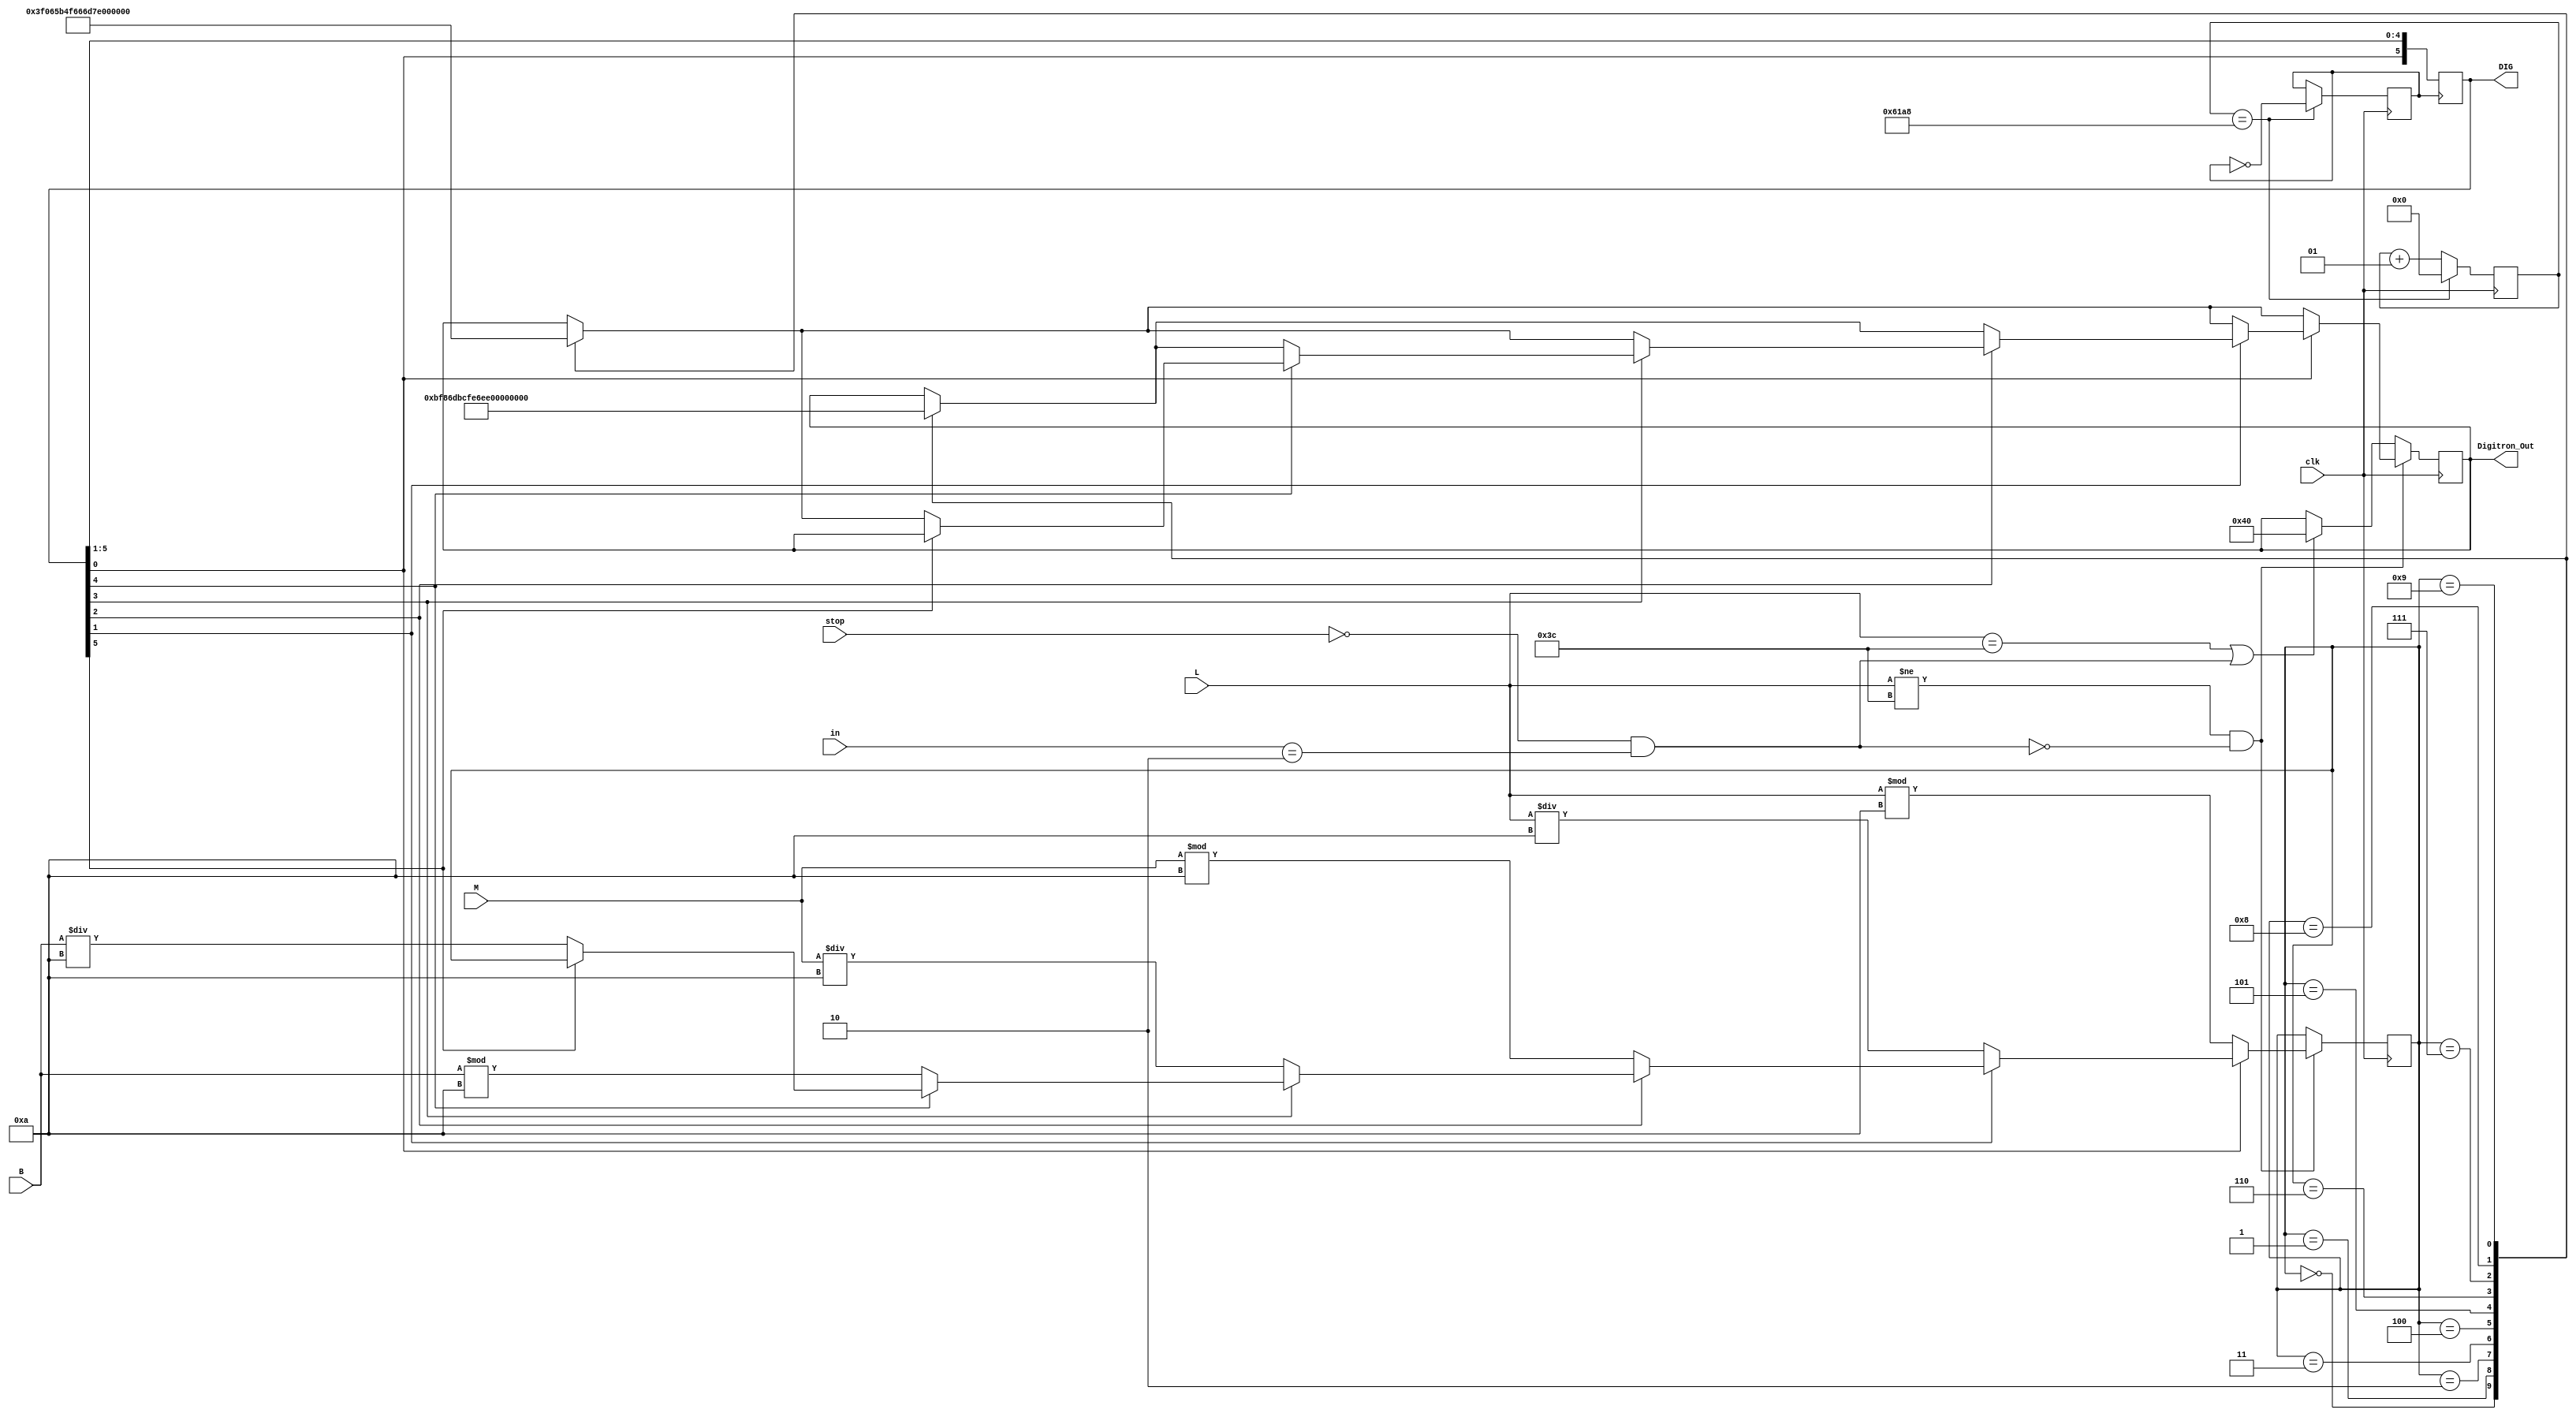
module display (clk,L,M,B,DIG,Digitron_Out,stop,in);

input stop;
input[2:0]in;
input clk;
input [6:0]L;
input [6:0]M;
input [6:0]B;
output reg [5:0]DIG = 6'b111110;
output reg [7:0]Digitron_Out;
integer x,count;
reg clk_out;

always@ (posedge clk)
begin

if (x == 25000)
begin
clk_out = ~clk_out;
x <= 0;
end

else x = x + 1;
end

always@ (posedge clk_out)  //
begin
DIG = {DIG[0],DIG[5:1]};
end


always@ (posedge clk)
begin
if (L != 60 && !(stop ==0 && in == 3'b010))
begin
if (DIG[0]==0)
begin
count <= L%10;
case (count)

4'b0000 : {Digitron_Out[7:0]} = 8'b00111111;
4'b0001 : {Digitron_Out[7:0]} = 8'b00000110;
4'b0010 : {Digitron_Out[7:0]} = 8'b01011011;
4'b0011 : {Digitron_Out[7:0]} = 8'b01001111;
4'b0100 : {Digitron_Out[7:0]} = 8'b01100110;
4'b0101 : {Digitron_Out[7:0]} = 8'b01101101;
4'b0110 : {Digitron_Out[7:0]} = 8'b01111101;
4'b0111 : {Digitron_Out[7:0]} = 8'b00000111;
4'b1000 : {Digitron_Out[7:0]} = 8'b01111111;
4'b1001 : {Digitron_Out[7:0]} = 8'b01101111;
default;
endcase
end

else if (DIG[1]==0)
begin
count <= L/10;
case (count)

4'b0000 : {Digitron_Out[7:0]} = 8'b00111111;
4'b0001 : {Digitron_Out[7:0]} = 8'b00000110;
4'b0010 : {Digitron_Out[7:0]} = 8'b01011011;
4'b0011 : {Digitron_Out[7:0]} = 8'b01001111;
4'b0100 : {Digitron_Out[7:0]} = 8'b01100110;
4'b0101 : {Digitron_Out[7:0]} = 8'b01101101;
4'b0110 : {Digitron_Out[7:0]} = 8'b01111101;
4'b0111 : {Digitron_Out[7:0]} = 8'b00000111;
4'b1000 : {Digitron_Out[7:0]} = 8'b01111111;
4'b1001 : {Digitron_Out[7:0]} = 8'b01101111;
default;
endcase
end

else if (DIG[2]==0)
begin
count <= M%10;
case (count)

4'b0000 : {Digitron_Out[7:0]} = 8'b10111111;
4'b0001 : {Digitron_Out[7:0]} = 8'b10000110;
4'b0010 : {Digitron_Out[7:0]} = 8'b11011011;
4'b0011 : {Digitron_Out[7:0]} = 8'b11001111;
4'b0100 : {Digitron_Out[7:0]} = 8'b11100110;
4'b0101 : {Digitron_Out[7:0]} = 8'b11101101;
4'b0110 : {Digitron_Out[7:0]} = 8'b11111101;
4'b0111 : {Digitron_Out[7:0]} = 8'b10000111;
4'b1000 : {Digitron_Out[7:0]} = 8'b11111111;
4'b1001 : {Digitron_Out[7:0]} = 8'b11101111;
default;
endcase
end


else if (DIG[3]==0)
begin
count <= M/10;
case (count)

4'b0000 : {Digitron_Out[7:0]} = 8'b00111111;
4'b0001 : {Digitron_Out[7:0]} = 8'b00000110;
4'b0010 : {Digitron_Out[7:0]} = 8'b01011011;
4'b0011 : {Digitron_Out[7:0]} = 8'b01001111;
4'b0100 : {Digitron_Out[7:0]} = 8'b01100110;
4'b0101 : {Digitron_Out[7:0]} = 8'b01101101;
4'b0110 : {Digitron_Out[7:0]} = 8'b01111101;
4'b0111 : {Digitron_Out[7:0]} = 8'b00000111;
4'b1000 : {Digitron_Out[7:0]} = 8'b01111111;
4'b1001 : {Digitron_Out[7:0]} = 8'b01101111;
default;
endcase
end


else if (DIG[4]==0)
begin
count <= B%10;
case (count)

4'b0000 : {Digitron_Out[7:0]} = 8'b10111111;
4'b0001 : {Digitron_Out[7:0]} = 8'b10000110;
4'b0010 : {Digitron_Out[7:0]} = 8'b11011011;
4'b0011 : {Digitron_Out[7:0]} = 8'b11001111;
4'b0100 : {Digitron_Out[7:0]} = 8'b11100110;
4'b0101 : {Digitron_Out[7:0]} = 8'b11101101;
4'b0110 : {Digitron_Out[7:0]} = 8'b11111101;
4'b0111 : {Digitron_Out[7:0]} = 8'b10000111;
4'b1000 : {Digitron_Out[7:0]} = 8'b11111111;
4'b1001 : {Digitron_Out[7:0]} = 8'b11101111;
default;
endcase
end


else if (DIG[5]==0)
begin
count <= B/10;
case (count)

4'b0000 : {Digitron_Out[7:0]} = 8'b00111111;
4'b0001 : {Digitron_Out[7:0]} = 8'b00000110;
4'b0010 : {Digitron_Out[7:0]} = 8'b01011011;
4'b0011 : {Digitron_Out[7:0]} = 8'b01001111;
4'b0100 : {Digitron_Out[7:0]} = 8'b01100110;
4'b0101 : {Digitron_Out[7:0]} = 8'b01101101;
4'b0110 : {Digitron_Out[7:0]} = 8'b01111101;
4'b0111 : {Digitron_Out[7:0]} = 8'b00000111;
4'b1000 : {Digitron_Out[7:0]} = 8'b01111111;
4'b1001 : {Digitron_Out[7:0]} = 8'b01101111;
default;
endcase
end
end


else if (L == 60|| (stop ==0 && in == 3'b010)) //
begin
Digitron_Out <= 8'b01000000;
end
end

endmodule